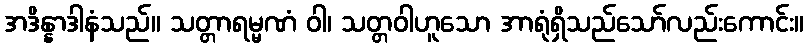
အဒိန္နာဒါနံသည်။ သတ္တာရမ္မဏံ ဝါ၊ သတ္တဝါဟူသော အာရုံရှိသည်သော်လည်းကောင်း။